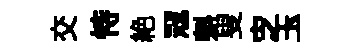
交恃絶冦㪺叟㝎玉